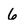
Character: 6